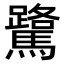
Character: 𫘘